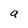
Character: a